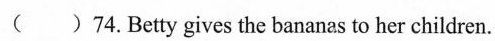
()74.Betty gives the bananas to her children.